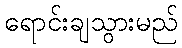
ရောင်းချသွားမည်